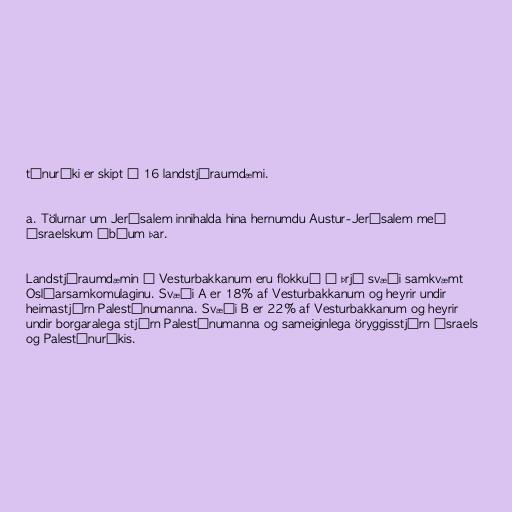
tínuríki er skipt í 16 landstjóraumdæmi.

a. Tölurnar um Jerúsalem innihalda hina hernumdu Austur-Jerúsalem með
ísraelskum íbúum þar.

Landstjóraumdæmin á Vesturbakkanum eru flokkuð í þrjú svæði samkvæmt
Oslóarsamkomulaginu. Svæði A er 18% af Vesturbakkanum og heyrir undir
heimastjórn Palestínumanna. Svæði B er 22% af Vesturbakkanum og heyrir
undir borgaralega stjórn Palestínumanna og sameiginlega öryggisstjórn Ísraels
og Palestínuríkis.